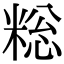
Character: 𫃄